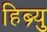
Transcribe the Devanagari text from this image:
हिब्र्यु